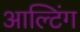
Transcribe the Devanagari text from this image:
आल्टिंग